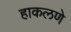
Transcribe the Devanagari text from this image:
हाकलणे